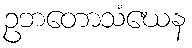
ဥဘတောသံဃေန